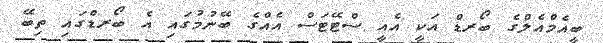
ބީއެމްއެލްގެ ބޯރޑް އަކީ އެއީ ސްޓޭޓަސް އެއްގެ ބޭނުމުގައި އެ ބޯރޑްގައި ތިބޭ